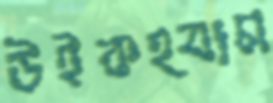
উইকহ্যাম